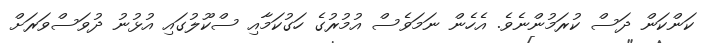
ކަންކަން ދަސް ކުރަމުންނެވެ. އެހެން ނަމަވެސް އުމުރުގެ ހަގުކަމާއި ސްކޫލުގައި އުޅުނު ދުވަސްވަރަށް